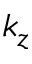
k _ { z }